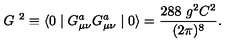
G \ ^ { 2 } \equiv \langle 0 \mid G _ { \mu \nu } ^ { a } G _ { \mu \nu } ^ { a } \mid 0 \rangle = \frac { 2 8 8 \ g ^ { 2 } C ^ { 2 } } { ( 2 \pi ) ^ { 8 } } .